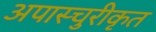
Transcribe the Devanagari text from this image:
अपास्चुरीकृत